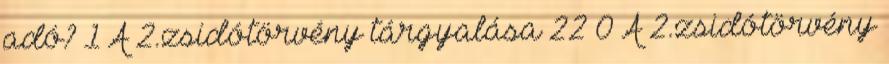
adó? 1 A 2.zsidótörvény tárgyalása 22 0 A 2.zsidótörvény